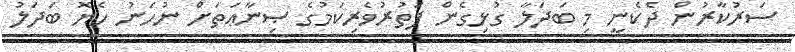
ސަރުކާރުން ދެކެނީ މި ބަދަލާ ގުޅިގެން ފަތުރުވެރިކަމުގެ ޞިނާޢަތަށް ނުހަނު ހެޔޮ ބަދަލު